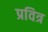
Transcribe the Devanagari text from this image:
प्रवित्र